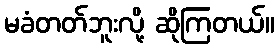
မခံတတ်ဘူးလို့ ဆိုကြတယ်။